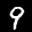
Label: 9